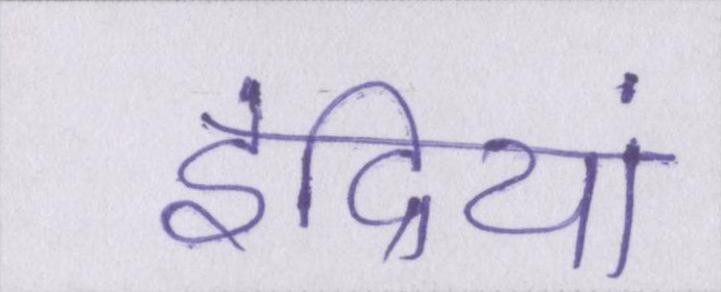
इंद्रियां